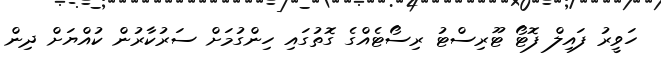
ހަވީރު ފައިލް ފޮޓޯ ޓޫރިސްޓު ރިސޯޓެއްގެ ގޮތުގައި ހިންގުމަށް ސަރުކާރުން ކުއްޔަށް ދިން